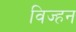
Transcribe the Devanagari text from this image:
विज्हन